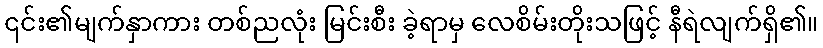
၎င်း၏မျက်နှာကား တစ်ညလုံး မြင်းစီး ခဲ့ရာမှ လေစိမ်းတိုးသဖြင့် နီရဲလျက်ရှိ၏။